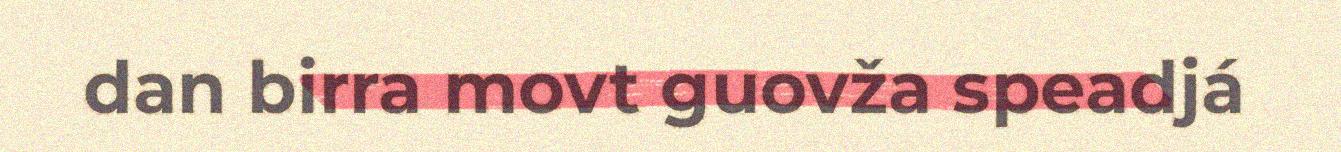
dan birra movt guovža speadjá